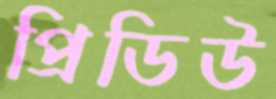
প্রিডিউ